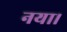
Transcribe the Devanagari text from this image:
नया।